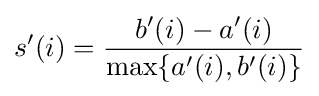
s'(i)={\frac {b'(i)-a'(i)}{\max\{a'(i),b'(i)\}}}